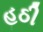
હઠી